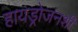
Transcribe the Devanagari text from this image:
हायड्रोजनशी